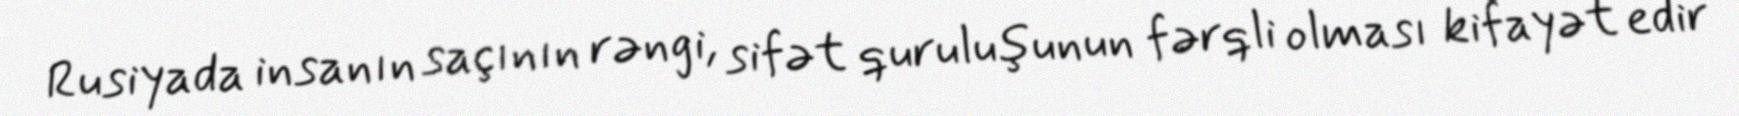
Rusiyada insanın saçının rəngi, sifət quruluşunun fərqli olması kifayət edir